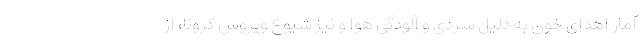
آمار اهدای خون به دلیل سردی و آلودگی هوا و نیز شیوع ویروس کرونا، از